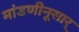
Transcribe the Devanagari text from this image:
मांडणीनूसार्